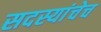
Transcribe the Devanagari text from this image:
सदस्यांचेच